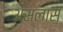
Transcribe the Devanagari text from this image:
असलास